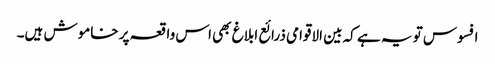
افسوس تو یہ ہے کہ بین الاقوامی ذرائع ابلاغ بھی اس واقعہ پر خاموش ہیں۔